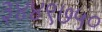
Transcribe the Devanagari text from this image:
३४४९७५०